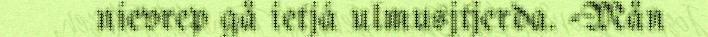
nievrep gå ietjá ulmusjtjerda. -Mån